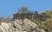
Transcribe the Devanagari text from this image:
गाडयांपैकी